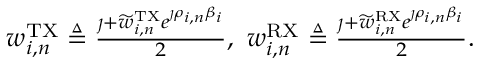
\begin{array} { r } { w _ { i , n } ^ { \mathrm { T X } } \triangleq \frac { \jmath + \widetilde { w } _ { i , n } ^ { \mathrm { T X } } e ^ { \jmath \rho _ { i , n } \beta _ { i } } } { 2 } , \, \, w _ { i , n } ^ { \mathrm { R X } } \triangleq \frac { \jmath + \widetilde { w } _ { i , n } ^ { \mathrm { R X } } e ^ { \jmath \rho _ { i , n } \beta _ { i } } } { 2 } . } \end{array}